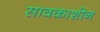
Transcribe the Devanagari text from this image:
सावकाशीन